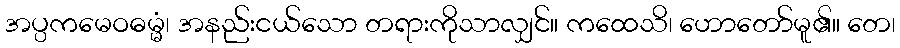
အပ္ပကမေဝဓမ္မံ၊ အနည်းငယ်သော တရားကိုသာလျှင်။ ကထေသိ၊ ဟောတော်မူ၏။ တေ၊